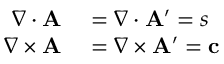
\begin{array} { r l } { \nabla \cdot \mathbf { A } } & { { } = \nabla \cdot \mathbf { A ^ { \prime } } = s } \\ { \nabla \times \mathbf { A } } & { { } = \nabla \times \mathbf { A ^ { \prime } } = \mathbf { c } } \end{array}